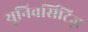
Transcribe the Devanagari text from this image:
यूनिवर्सिटिज़